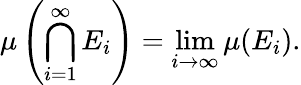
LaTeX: \mu\left(\bigcap_{i=1}^{\infty}E_{i}\right)=\operatorname*{lim}_{i\to\infty}\mu(E_{i}).